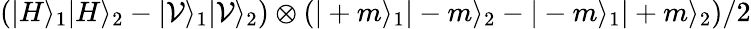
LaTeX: \left(|H\rangle_{1}|H\rangle_{2}-|\mathcal{V}\rangle_{1}|\mathcal{V}\rangle_{2}\right)\otimes\left(|+m\rangle_{1}|-m\rangle_{2}-|-m\rangle_{1}|+m\rangle_{2}\right)/2